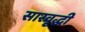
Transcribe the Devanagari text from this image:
सारवृद्धी